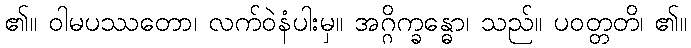
၏။ ဝါမပဿတော၊ လက်ဝဲနံပါးမှ။ အဂ္ဂိက္ခန္ဓော၊ သည်။ ပဝတ္တတိ၊ ၏။